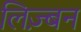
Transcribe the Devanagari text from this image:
लिज़्बन